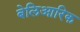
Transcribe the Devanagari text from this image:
बेलिआरिक